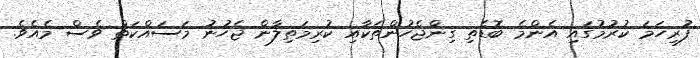
ފުރިހަމަ ކުރުމުގައި އެންމެ ބޮޑެތި ގިންޖެހުންތަކާއި ކުރިމަތިލާން ޖެހުނު މަސައްކަތް ވެސް މެއެވެ.